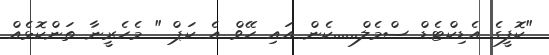
"ކޮފީގެ އެޑިކްޓެޑް ސްމެލް......ކެން އައި ހޭވް އެ ކަޕް " މެހެރީނާ ތަންކޮޅެއް